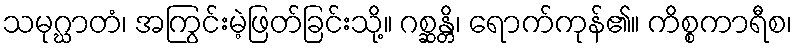
သမုဂ္ဃာတံ၊ အကြွင်းမဲ့ဖြတ်ခြင်းသို့။ ဂစ္ဆန္တိ၊ ရောက်ကုန်၏။ ကိစ္စကာရီစ၊